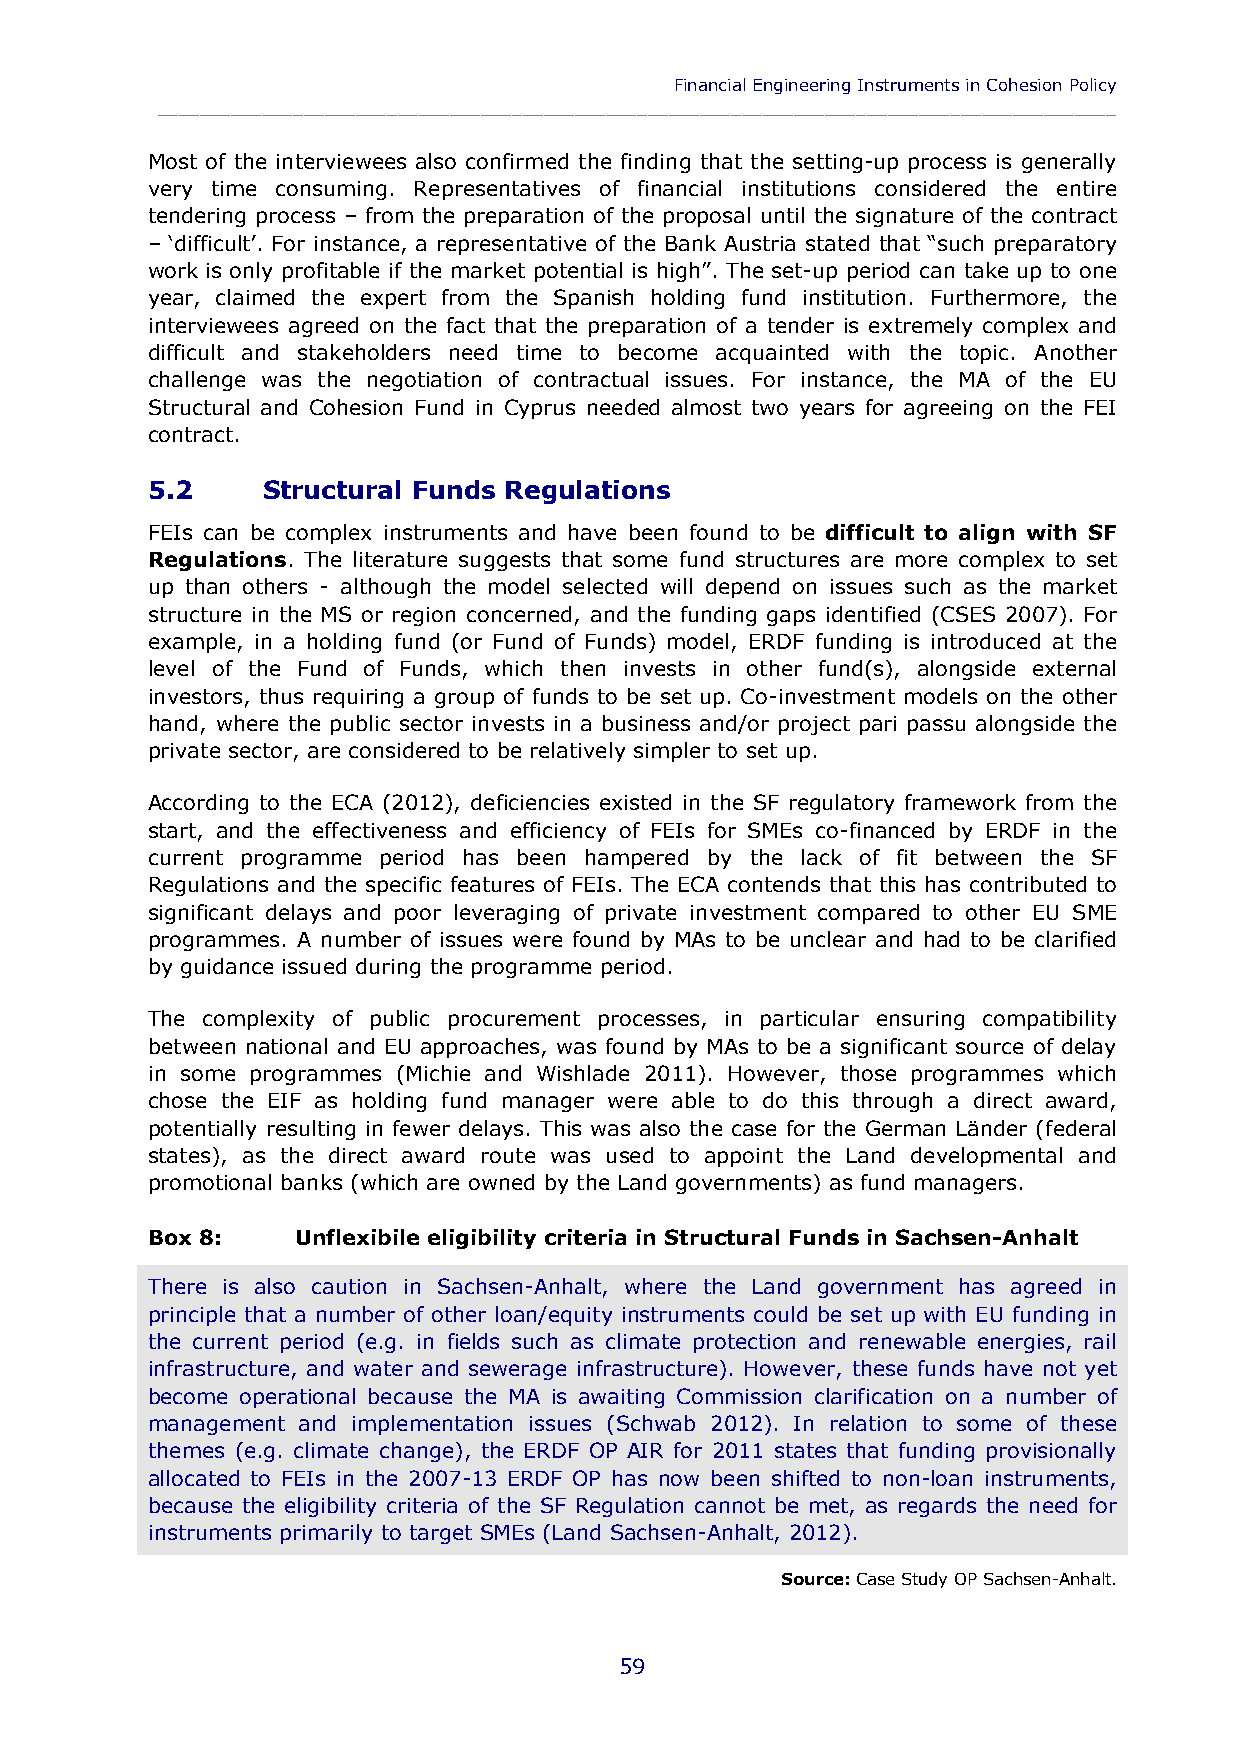
Financial Engineering Instruments in Cohesion Policy
 ____________________________________________________________________________________________
 Most of the interviewees also confirmed the finding that the setting-up process is generally
 very time consuming. Representatives of financial institutions considered the entire
 tendering process – from the preparation of the proposal until the signature of the contract
 – ‘difficult’. For instance, a representative of the Bank Austria stated that “such preparatory
 work is only profitable if the market potential is high”. The set-up period can take up to one
 year, claimed the expert from the Spanish holding fund institution. Furthermore, the
 interviewees agreed on the fact that the preparation of a tender is extremely complex and
 difficult and stakeholders need time to become acquainted with the topic. Another
 challenge was the negotiation of contractual issues. For instance, the MA of the EU
 Structural and Cohesion Fund in Cyprus needed almost two years for agreeing on the FEI
 contract.
 5.2    Structural Funds Regulations
 FEIs can be complex instruments and have been found to be difficult to align with SF
 Regulations. The literature suggests that some fund structures are more complex to set
 up than others - although the model selected will depend on issues such as the market
 structure in the MS or region concerned, and the funding gaps identified (CSES 2007). For
 example, in a holding fund (or Fund of Funds) model, ERDF funding is introduced at the
 level of the Fund of Funds, which then invests in other fund(s), alongside external
 investors, thus requiring a group of funds to be set up. Co-investment models on the other
 hand, where the public sector invests in a business and/or project pari passu alongside the
 private sector, are considered to be relatively simpler to set up.
 According to the ECA (2012), deficiencies existed in the SF regulatory framework from the
 start, and the effectiveness and efficiency of FEIs for SMEs co-financed by ERDF in the
 current programme period has been hampered by the lack of fit between the SF
 Regulations and the specific features of FEIs. The ECA contends that this has contributed to
 significant delays and poor leveraging of private investment compared to other EU SME
 programmes. A number of issues were found by MAs to be unclear and had to be clarified
 by guidance issued during the programme period.
 The complexity of public procurement processes, in particular ensuring compatibility
 between national and EU approaches, was found by MAs to be a significant source of delay
 in some programmes (Michie and Wishlade 2011). However, those programmes which
 chose the EIF as holding fund manager were able to do this through a direct award,
 potentially resulting in fewer delays. This was also the case for the German Länder (federal
 states), as the direct award route was used to appoint the Land developmental and
 promotional banks (which are owned by the Land governments) as fund managers.
 Box 8:    Unflexibile eligibility criteria in Structural Funds in Sachsen-Anhalt
 There is also caution in Sachsen-Anhalt, where the Land government has agreed in
 principle that a number of other loan/equity instruments could be set up with EU funding in
 the current period (e.g. in fields such as climate protection and renewable energies, rail
 infrastructure, and water and sewerage infrastructure). However, these funds have not yet
 become operational because the MA is awaiting Commission clarification on a number of
 management and implementation issues (Schwab 2012). In relation to some of these
 themes (e.g. climate change), the ERDF OP AIR for 2011 states that funding provisionally
 allocated to FEIs in the 2007-13 ERDF OP has now been shifted to non-loan instruments,
 because the eligibility criteria of the SF Regulation cannot be met, as regards the need for
 instruments primarily to target SMEs (Land Sachsen-Anhalt, 2012).
 Source: Case Study OP Sachsen-Anhalt.
 59